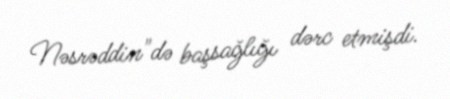
Nəsrəddin"də başsağlığı dərc etmişdi.